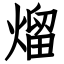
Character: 熘